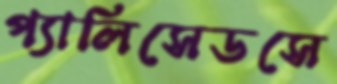
প্যালিসেডসে